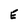
Character: E